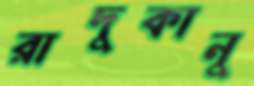
রাদুকানু